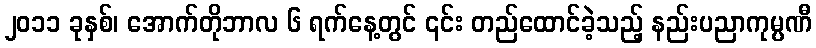
၂၀၁၁ ခုနှစ်၊ အောက်တိုဘာလ ၆ ရက်နေ့တွင် ၎င်း တည်ထောင်ခဲ့သည့် နည်းပညာကုမ္ပဏီ